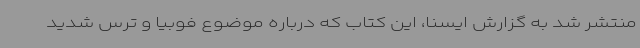
منتشر شد به گزارش ایسنا، این کتاب که درباره موضوع فوبیا و ترس شدید